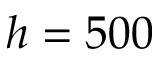
h = 5 0 0